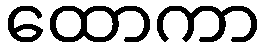
ထောကာ